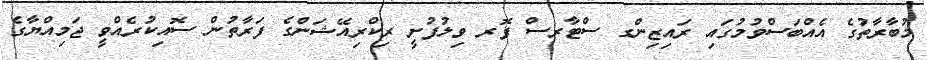
މުބާރާތުގެ އެއްބަސްވުމުގައި ރައިޒިންގ ސްޓާރސް ފޮރ ވިލުފުށީ ރިކްރިއޭޝަންގެ ފަރާތުން ސޮއިކުރެއްވީ ޖަމިއްޔާގެ